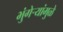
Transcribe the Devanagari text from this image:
भुंगेर्‍यांमुळे